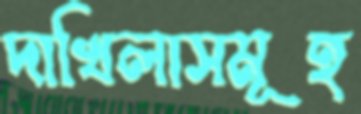
দাখিলাসমূহ